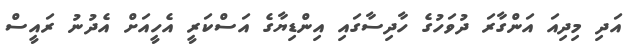
އަދި މިދިއަ އަންގާރަ ދުވަހުގެ ހާދިސާގައި އިންޑިޔާގެ އަސްކަރީ އެހީއަށް އެދުނު ރައީސް